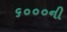
૬૦૦૦ની